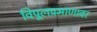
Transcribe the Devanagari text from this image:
विपूलप्रमाणावर